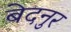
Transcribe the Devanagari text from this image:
बेदनुर